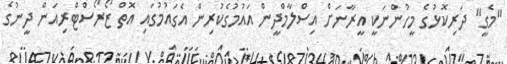
"މެގީ" ދަރިކޮޅުގެ މީހުންނަކީ އީރާނަށް އިސްލާމްދީން އައުމުގެކުރިން އެގައުމުގައި އޮތް ޒޯރޯސްޓްރިއަން ދީނުގެ